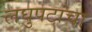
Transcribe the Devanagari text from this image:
लघुपटांचा